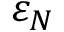
\varepsilon _ { N }